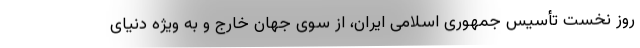
روز نخست تأسیس جمهوری اسلامی ایران، از سوی جهان خارج و به ویژه دنیای